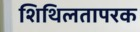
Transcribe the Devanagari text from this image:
शिथिलतापरक